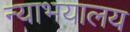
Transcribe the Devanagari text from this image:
न्याभयालय